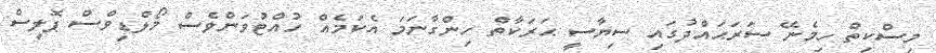
މިސްކިތް ހިމެނޭ ސަރަޙައްދުގައި ސިޔާސީ ޙަރަކާތް ހިންގާނަމަ އެކަމެއް ހުއްޓުވަންވެސް މޯލްޑިވްސް ޕޮލިސް